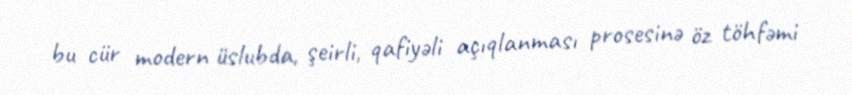
bu cür modern üslubda, şeirli, qafiyəli açıqlanması prosesinə öz töhfəmi